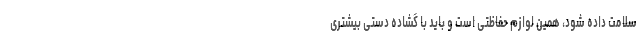
سلامت داده شود، همین لوازم حفاظتی است و باید با گشاده دستی بیشتری